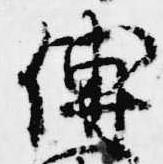
伝